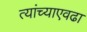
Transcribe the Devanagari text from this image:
त्यांच्याएवढा